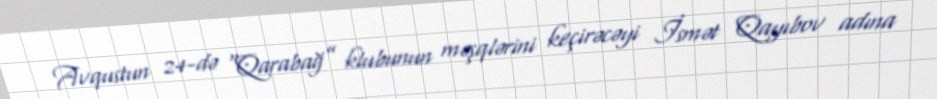
Avqustun 24-də “Qarabağ” klubunun məşqlərini keçirəcəyi İsmət Qayıbov adına